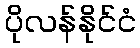
ပိုလန်နိုင်ငံ